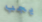
يجب